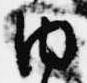
内